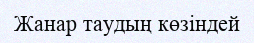
Жанар таудың көзіндей